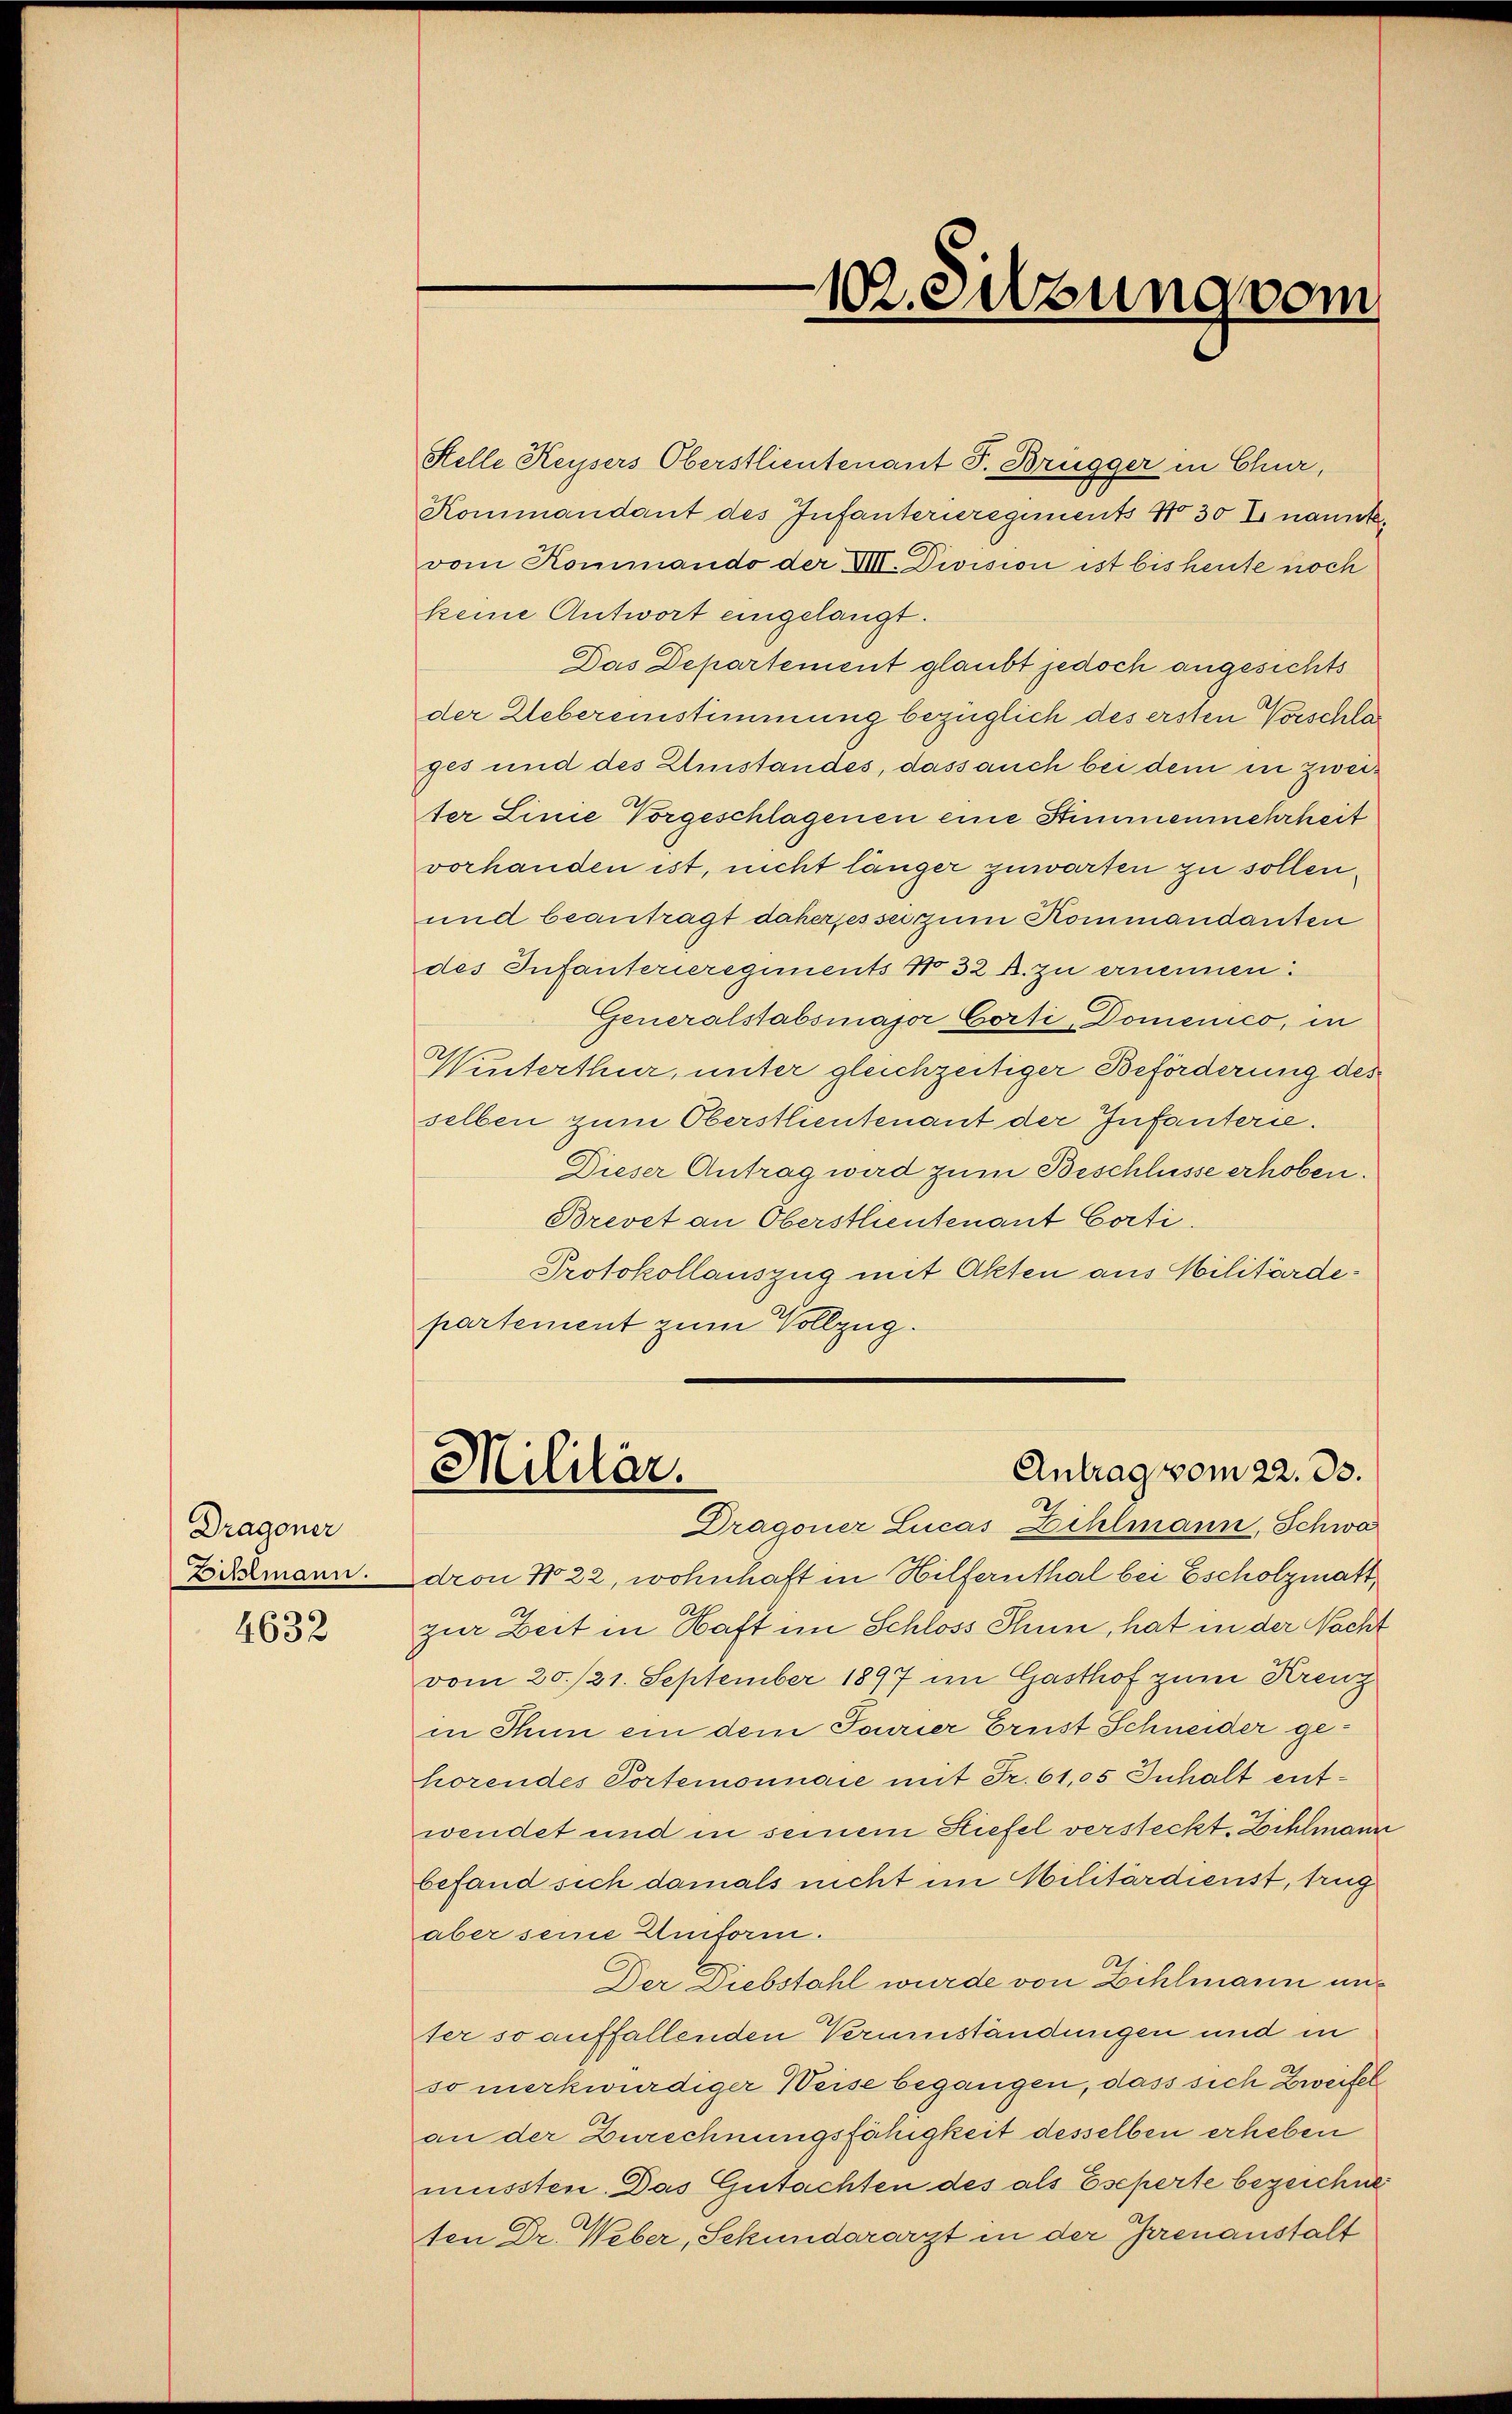
Dragoner
Zihlmann.

4632

Stelle Kaysers Oberstlieutenant J. Brügger in Chur,
Kommandant des Infanterieregiments No 30 E nannte,
vom Kommando der VIII. Division ist bis heute noch
keine Antwort eingelangt.
Das Departement glaubt jedoch angesichts
der Uebereinstimmung bezüglich des ersten Vorschla
ges und des Einstandes, dass auch bei dem in zweiter Linie Vorgeschlagenen eine Stimmenmehrheit
vorhanden ist, nicht länger zuwarten zu sollen.
und beantragt daher es sei zum Kommandanten
des Infanterieregiments No 32 B. zu ernennen.
Generalstabsmajor Corti Domenico, in
Winterthur, unter gleichzeitiger Beförderung des
selben zum Oberstlieutenant der Infanterie.
Dieser Antrag wird zum Beschlüsse erhoben.
Brevet an Oberstleutenant Corti
Protokollauszug mit Akten aus Militärdepartement zum Vollzug.

10.eizung vom

Antrag vom 22. 33.
Militär.
Dragoner Lucas Zihlmann, Schwa

dron No 22, wohnhaft in Hilfernthal bei Escholzmatt,
zur Zeit in Haft im Schloss Thun, hat in der Nacht
vom 20./21. September 1897 im Gasthof zum Krenz
in Thun ein dem Fourier Ernst Schneider gehorendes Portemonnaie mit Fr. 61,05 Inhalt entwendet und in seinem Stiefel versteckt. Dahlmann
befand sich damals nicht im Militärdienst, trug
aber seine Uniform.
.
Der Diebstahl wurde von Zehlmann und
ter so auffallenden Verumständungen und in
so merkwürdiger Weise begangen, dass sich Zweifel
an der Zurechnungsfähigkeit desselben erheben
müssten. Das Gutachten des als Eseperte bezeichne
ten Dr. Weber, Sekundararzt in der Irrenanstalt